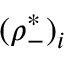
( \rho _ { - } ^ { * } ) _ { i }